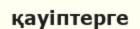
қауіптерге